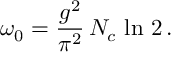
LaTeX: \omega _ { 0 } = \frac { g ^ { 2 } } { \pi ^ { 2 } } \, N _ { c } \, \ln \, 2 \, .